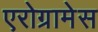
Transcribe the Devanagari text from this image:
एरोग्रामेस